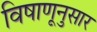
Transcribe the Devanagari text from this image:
विषाणूनुसार